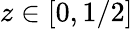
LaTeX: z\in[0,1/2]